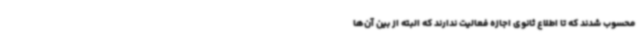
محسوب شدند که تا اطلاع ثانوی اجازه فعالیت ندارند که البته از بین آن‌ها